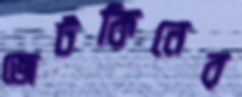
জেটকিনের